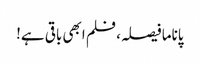
پاناما فیصلہ، فلم ابھی باقی ہے!